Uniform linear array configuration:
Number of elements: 12
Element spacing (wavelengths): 0.5
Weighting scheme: hann
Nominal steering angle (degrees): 15
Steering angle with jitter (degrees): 16.262
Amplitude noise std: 0.05
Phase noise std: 0.05

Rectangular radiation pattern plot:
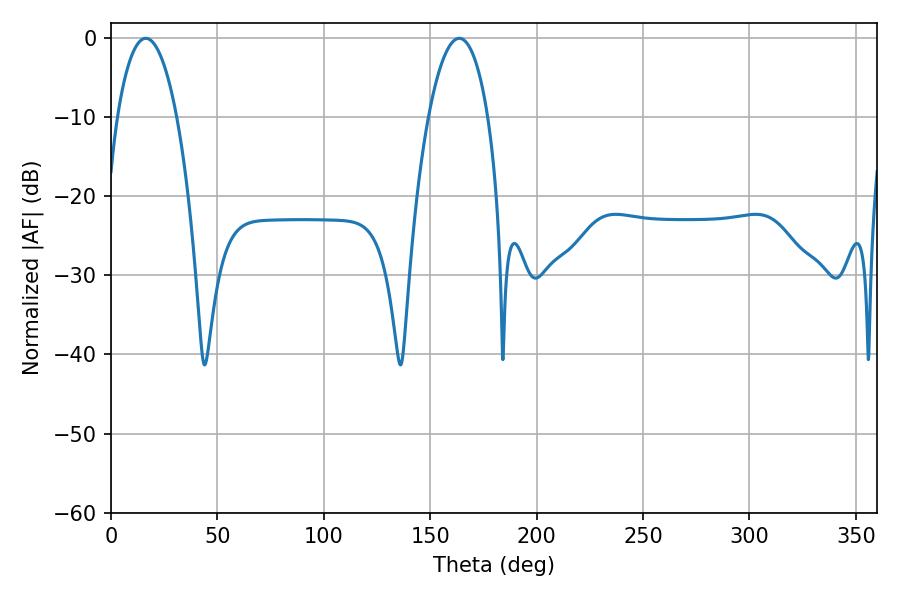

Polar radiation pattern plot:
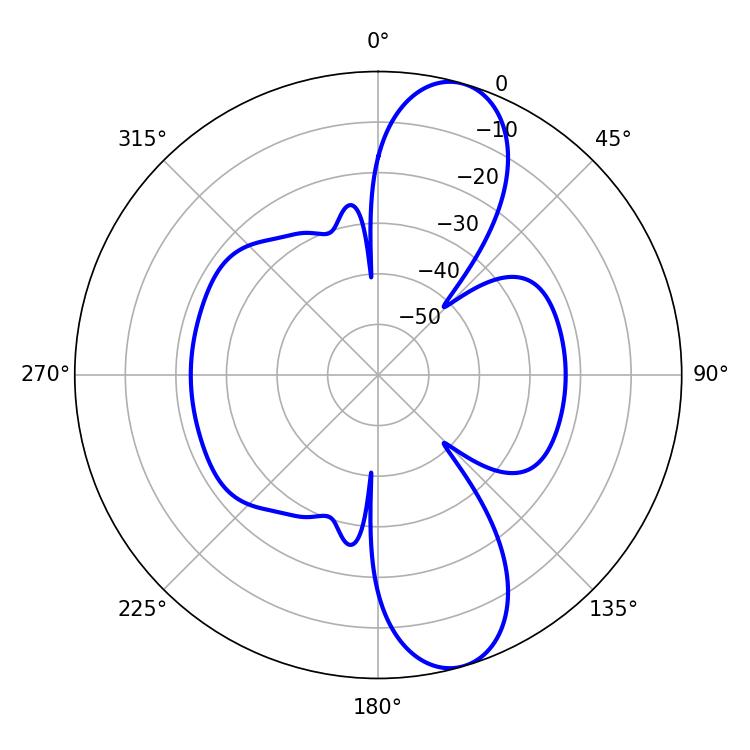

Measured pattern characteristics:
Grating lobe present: FALSE
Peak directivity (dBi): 10.915
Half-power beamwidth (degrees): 15.66
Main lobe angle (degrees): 16.38